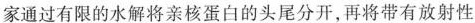
家通过有限的水解将亲核蛋白的头尾分开，再将带有放射性